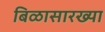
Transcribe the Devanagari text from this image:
बिळासारख्या